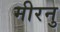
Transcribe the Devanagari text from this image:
मीरनु